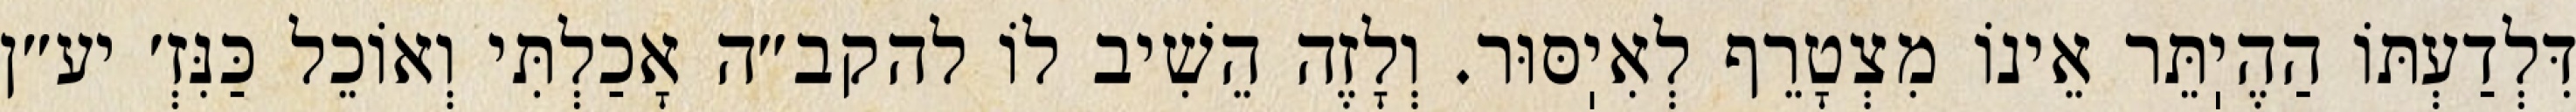
דִּלְדַעְתּוֹ הַהֶיֽתֵּר אֵינוֹ מִצְטָרֵף לְאִיֽסּוּר. וְלָזֶה הֵשִׁיב לוֹ להקב״ה אָכַלְתִּי וְאוֹכֵל כַּנִּזְ׳ יע״ן